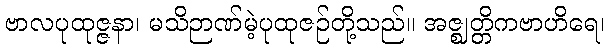
ဗာလပုထုဇ္ဇနာ၊ မသိဉာဏ်မဲ့ပုထုဇဉ်တို့သည်။ အဇ္ဈတ္တိကဗာဟိရေ၊